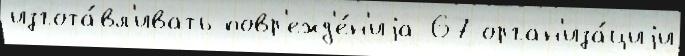
изгота́вл'ивать повр'ежд'е́н'иjа 67 орган'иза́циjи